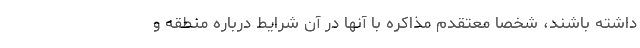
داشته باشند، شخصا معتقدم مذاکره با آنها در آن شرایط درباره منطقه و